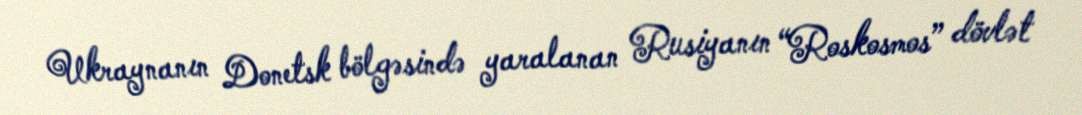
Ukraynanın Donetsk bölgəsində yaralanan Rusiyanın “Roskosmos” dövlət